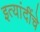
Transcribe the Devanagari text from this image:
इत्यांदींचे